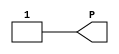
`ifdef verilator3
`else
`timescale 1 ps / 1 ps
`endif
//
// VCC primitive for Xilinx FPGAs
// Compatible with Verilator tool (www.veripool.org)
// Copyright (c) 2019-2022 Frdric REQUIN
// License : BSD
//

/* verilator coverage_off */
module VCC
(
    output wire P
);

    assign P = 1'b1;

endmodule
/* verilator coverage_on */